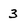
Character: 3